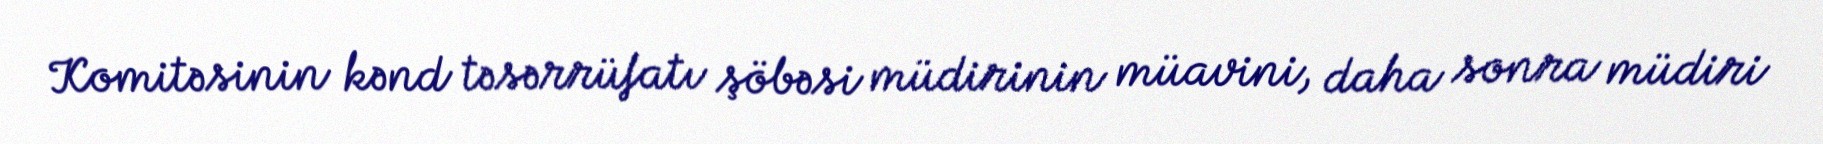
Komitəsinin kənd təsərrüfatı şöbəsi müdirinin müavini, daha sonra müdiri